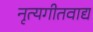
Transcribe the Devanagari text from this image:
नृत्यगीतवाद्य